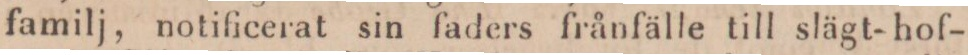
familj, notificerat sin faders frånfälle till slägt-hof-